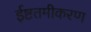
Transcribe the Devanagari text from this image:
ईष्टतमीकरण